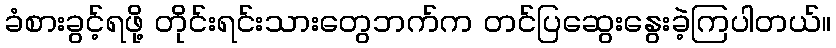
ခံစားခွင့်ရဖို့ တိုင်းရင်းသားတွေဘက်က တင်ပြဆွေးနွေးခဲ့ကြပါတယ်။